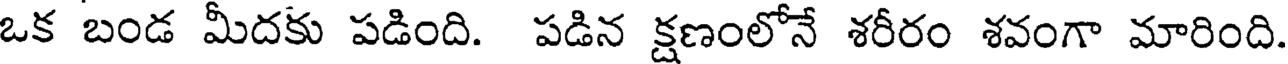
ఒక బండ మీదకు పడింది. పడిన క్షణంలోనే శరీరం శవంగా మారింది